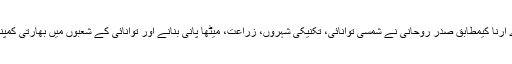
ایران کے سرکاری خبررساں ادارے اِرنا کیمطابق صدر روحانی نے شمسی توانائی، تکنیکی شہروں، زراعت، میٹھا پانی بنانے اور توانائی کے شعبوں میں بھارتی کمپنیوں سے مدد کی درخواست کی ہے۔